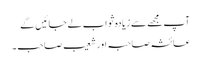
آپ مجھے سے زیادہ ثواب لے جائیں گے
عائشہ صاحبہ اور شعیب صاحب ۔